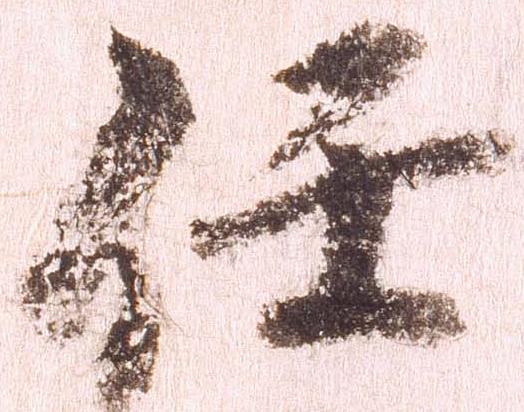
任